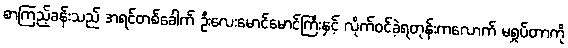
စာကြည့်ခန်းသည် အရင်တစ်ခေါက် ဦးလေးမောင်မောင်ကြီးနှင့် လိုက်ဝင်ခဲ့ရတုန်းကလောက် မရှုပ်တာကို